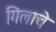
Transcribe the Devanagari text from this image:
गिलाचे